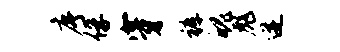
序俘穿裤魄彪迸